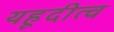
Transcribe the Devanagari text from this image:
यहूदीत्व